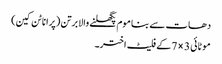
دھات سے بنا موم پگھلنے والا برتن (پرانا ٹن کین)
موٹائی 3 × 7 کے فلیٹ اختر۔